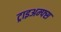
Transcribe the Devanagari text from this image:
ट्राइअम्फ्स